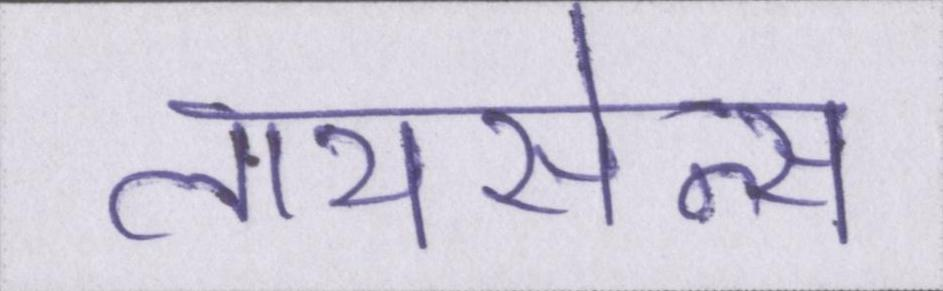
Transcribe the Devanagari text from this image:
लायसेन्स